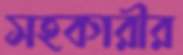
সহকারীর